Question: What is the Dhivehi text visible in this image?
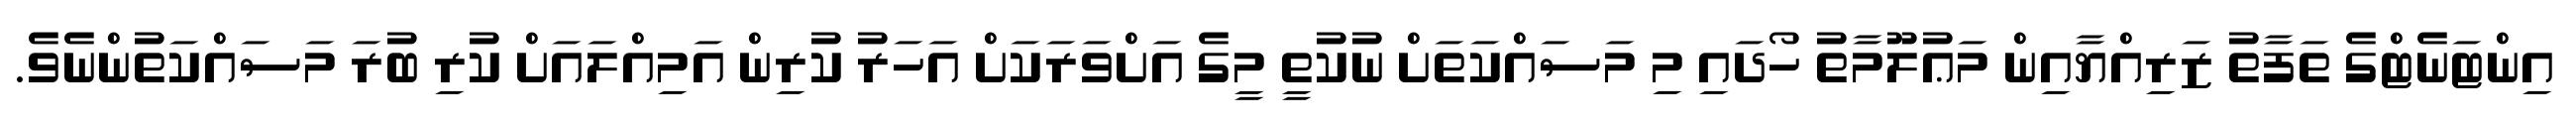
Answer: އިންޓަނެޓްގެ ތަފާތު ޒަރިއްޔާއިން މަޢުލޫމާތު ހޯދައި މި މަސައްކަތަށް ނުކުތީ މީގެ އަށްވަރަކަށް އަހަރު ކުރިން އަމިއްލައަށް ކުރި ބުރަ މަސައްކަތުންނެވެ.